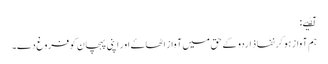
آٸیے:
ہم آواز ہو کر نفاذ اردو کے حق میں آواز اٹھاۓ اور اپنی پہچان کو فروغ دے۔